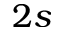
2 s